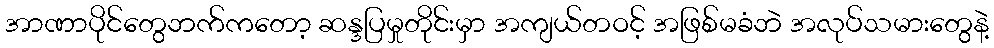
အာဏာပိုင်တွေဘက်ကတော့ ဆန္ဒပြမှုတိုင်းမှာ အကျယ်တဝင့် အဖြစ်မခံဘဲ အလုပ်သမားတွေနဲ့